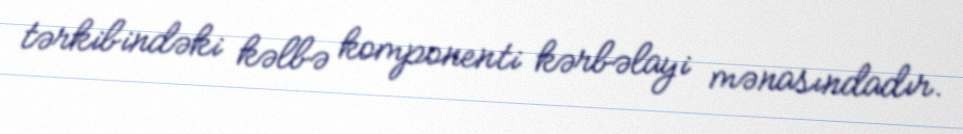
tərkibindəki kəlbə komponenti kərbəlayi mənasındadır.